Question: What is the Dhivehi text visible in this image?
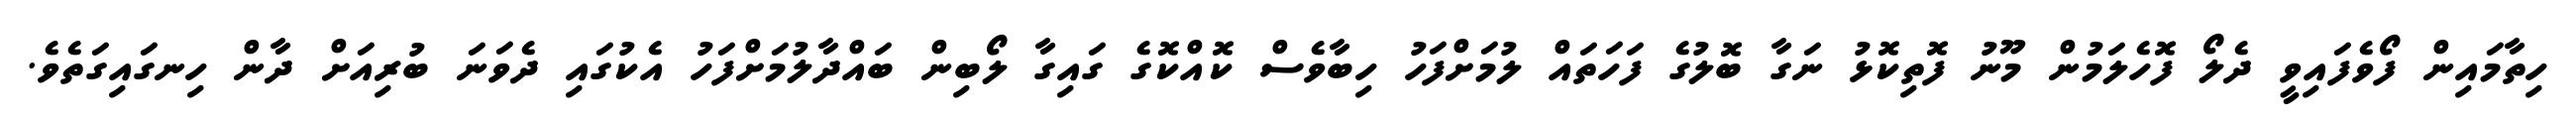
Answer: ހިތާމައިން ފޯވެފައިވީ ދެލޯ ފޮހެލަމުން މޫނު ފޮތިކޮޅު ނަގާ ބޮލުގެ ފަހަތައް ލުމަށްފަހު ހިބާވެސް ކޮއްކޮގެ ގައިގާ ލޯބިން ބައްދާލުމަށްފަހު އެކުގައި ދެވަނަ ބުރިއަށް ދާން ހިނގައިގަތެވެ.